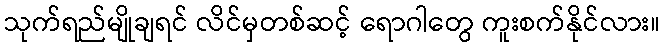
သုက်ရည်မျိုချရင် လိင်မှတစ်ဆင့် ရောဂါတွေ ကူးစက်နိုင်လား။